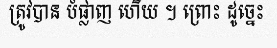
ត្រូវបាន បំផ្លាញ ហើយ ។ ព្រោះ ដូច្នេះ